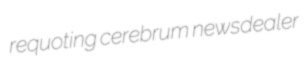
requoting cerebrum newsdealer